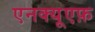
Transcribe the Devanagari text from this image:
एनक्यूएफ़